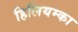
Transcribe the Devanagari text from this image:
हिलियम्का